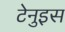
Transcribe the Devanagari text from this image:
टेनुइस